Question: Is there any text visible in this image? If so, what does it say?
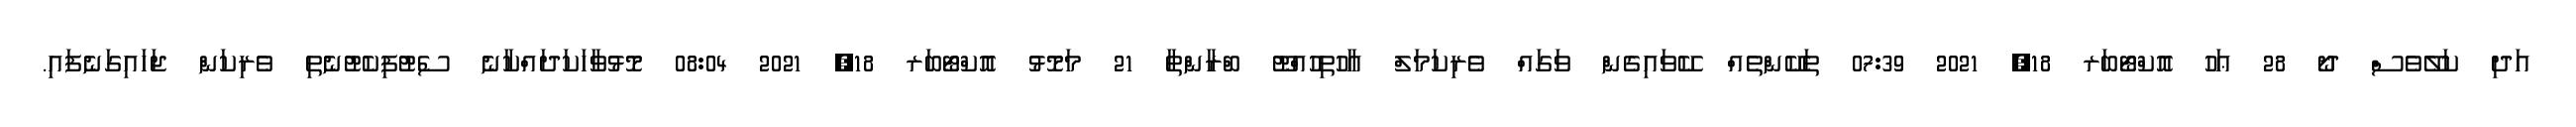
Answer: އަދި ކަލޭވެސް ދޯ 28 ޢަހު އޮކްޓޯބަރ 18, 2021 07:39 ތަކޭންތެއް ކޭވައިގެން ވަގައް ވެރިކަމަލް އާހުތިހުއްޓޫ ބްރާންތާ 21 މަމޮޅު އޮކްޓޯބަރ 18, 2021 08:04 މޮޅުވާހަކަދައްކާނެ ސެޓުފިކެޓުނެތި ވެރިކަން ޖަހައިގަނެފައި.